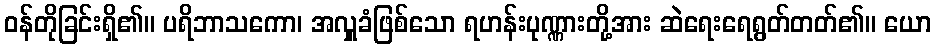
ဝန်တိုခြင်းရှိ၏။ ပရိဘာသကော၊ အလှူခံဖြစ်သော ရဟန်းပုဏ္ဏားတို့အား ဆဲရေးရေရွတ်တတ်၏။ ယော